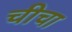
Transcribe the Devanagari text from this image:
चीचा